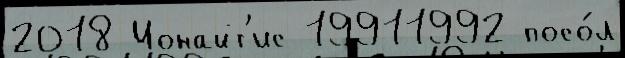
2018 Ионайт'ис 19911992 посо́л